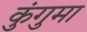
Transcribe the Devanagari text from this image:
कुंगुमा